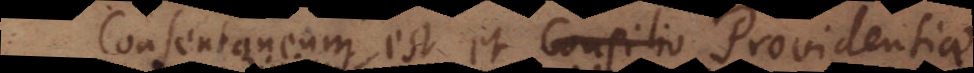
Consentaneum est et Providentiae